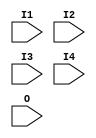
// $Header: /devl/xcs/repo/env/Databases/CAEInterfaces/verunilibs/s/FMAP.v,v 1.8 2003/01/21 01:55:23 wloo Exp $

/*

FUNCTION	: FMAP dummy simulation module

*/

`timescale  100 ps / 10 ps


module FMAP (I1, I2, I3, I4, O);

    input  I1, I2, I3, I4, O;

endmodule